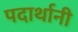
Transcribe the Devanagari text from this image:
पदार्थानी